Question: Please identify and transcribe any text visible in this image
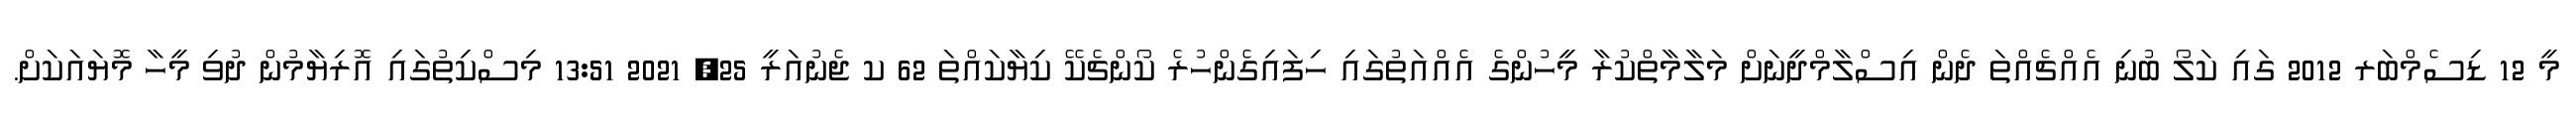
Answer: މީ 12 ޑިސެމްބަރ 2012 ގައި ކަލޯ ބުނި އެއްޗެއްތަ ދެން އިސްލާމްދީނަށް މަލާމާތްކުރާ މީހުންގެ އެއްއަތުގައި ހިފައިގެންހުރެ ކޯންޗެކޭ ކިޔާކައްތަ 62 ކ ޖެނުއަރީ 25, 2021 13:51 މިސްކިތުގައި އޮރިޔާމުން ދުވި މީހާ މޮޔައަކަށް.